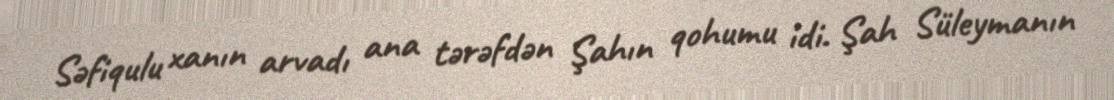
Səfiqulu xanın arvadı ana tərəfdən Şahın qohumu idi. Şah Süleymanın